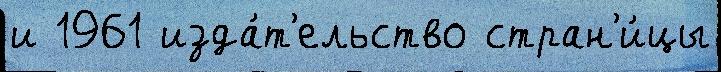
и 1961 изда́т'ельство стран'и́цы